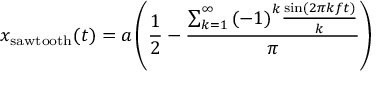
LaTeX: x _ { \mathrm { s a w t o o t h } } ( t ) = a \left( { \frac { 1 } { 2 } } - { \frac { \sum _ { k = 1 } ^ { \infty } { ( - 1 ) } ^ { k } { \frac { \sin ( 2 \pi k f t ) } { k } } } { \pi } } \right)